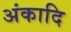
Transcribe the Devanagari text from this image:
अंकादि